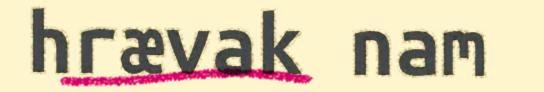
hrævak nam